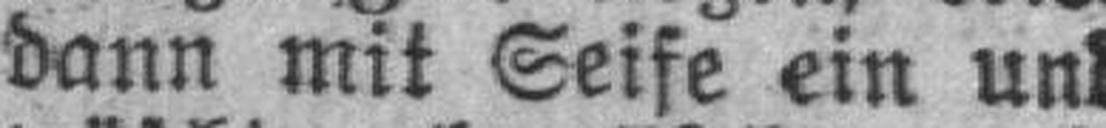
dann mit Seife ein und